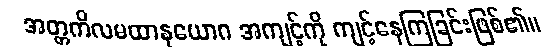
အတ္တကိလမထာနုယောဂ အကျင့်ကို ကျင့်နေကြခြင်းဖြစ်၏။